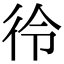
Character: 彾